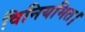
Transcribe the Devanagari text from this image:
विनियमित।